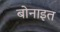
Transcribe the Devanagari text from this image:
बोनाइत